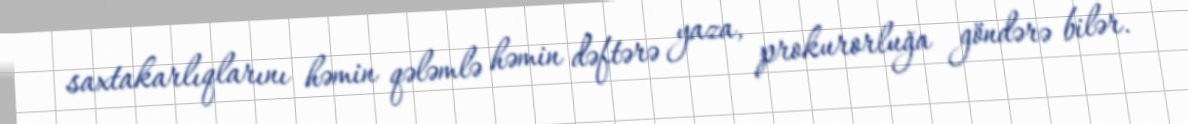
saxtakarlıqlarını həmin qələmlə həmin dəftərə yaza, prokurorluğa göndərə bilər.